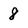
Character: 8